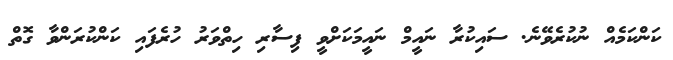
ކަންކަމެއް ނުކުރެވޭނެ. ސައިކުރާ ނައީމް ނައީމަކަށްވީ ފިސާރި ހިތްވަރު ހުރެފައި ކަންކުރަންވާ ގޮތް